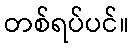
တစ်ရပ်ပင်။